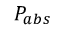
P _ { a b s }